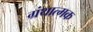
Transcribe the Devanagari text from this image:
ग्रंथात्मक